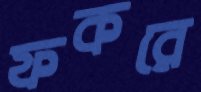
ফকরে